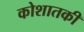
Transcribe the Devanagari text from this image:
कोशातकी